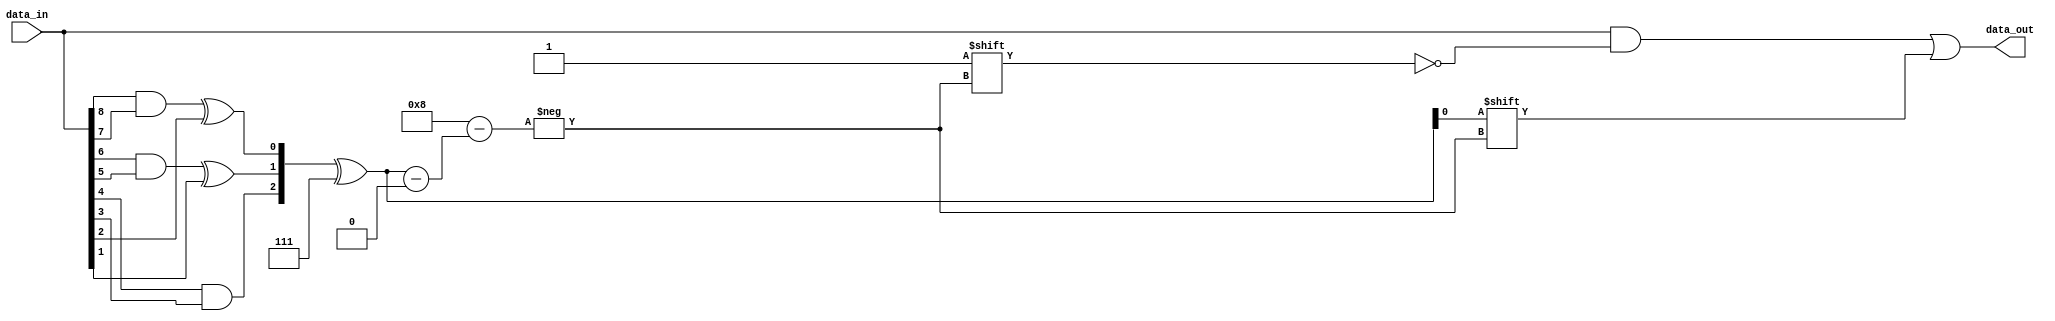
module channel #(
	parameter	[2:0]	KEY = 7
)(
	input		[0:8]	data_in,
	output	reg	[0:8]	data_out
);
	reg	[2:0]	single_bit_error;
	reg	[0:8]	temp;
	always @(*) begin
		/*hash function*/
		single_bit_error[0] = data_in[0] & data_in[1] ^ data_in[6];
		single_bit_error[1] = data_in[2] & data_in[3] ^ data_in[7];
		single_bit_error[2] = data_in[4] & data_in[5];
		single_bit_error = single_bit_error ^ KEY;

		/*error inject*/
		temp = data_in;
		temp[single_bit_error] = single_bit_error[0];
		data_out = temp;
	end
endmodule